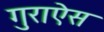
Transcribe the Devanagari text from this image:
गुराऐस